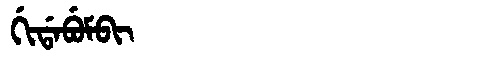
Manchu: ᡤᡳᡩᠠᠪᡠᠮᠪᡳ
Romanization: GIDABUMBI